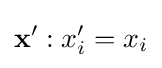
\mathbf {x} ':x'_{i}=x_{i}